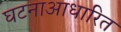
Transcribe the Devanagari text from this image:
घटनाआधारित